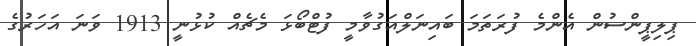
ޕިލިޕީންސުން އެންމެ ފުރަތަމަ ބައިނަލްއަގުވާމީ ފުޓްބޯޅަ މެޗެއް ކުޅުނީ 1913 ވަނަ އަހަރުގެ